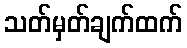
သတ်မှတ်ချက်ထက်